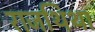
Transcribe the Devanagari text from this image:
राजथिथा